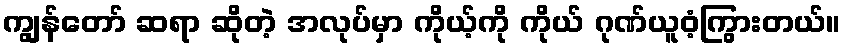
ကျွန်တော် ဆရာ ဆိုတဲ့ အလုပ်မှာ ကိုယ့်ကို ကိုယ် ဂုဏ်ယူဝံ့ကြွားတယ်။